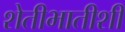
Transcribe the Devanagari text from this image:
शेतीभातीशी